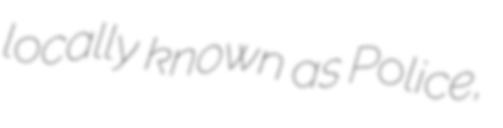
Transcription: locally known as Police,